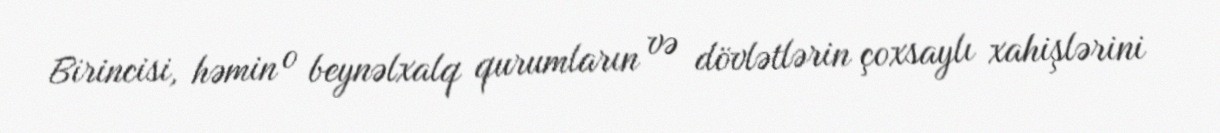
Birincisi, həmin o beynəlxalq qurumların və dövlətlərin çoxsaylı xahişlərini